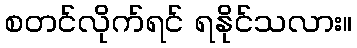
စတင်လိုက်ရင် ရနိုင်သလား။